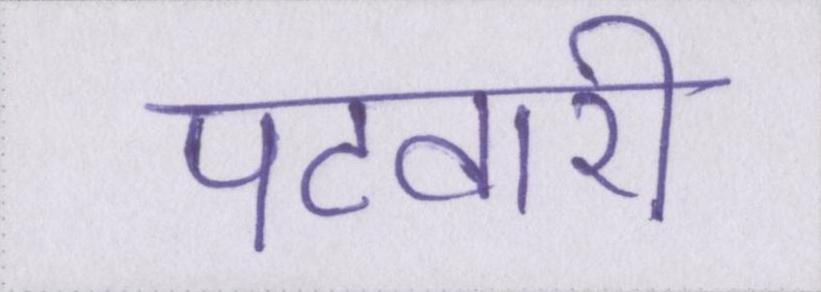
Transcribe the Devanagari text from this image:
पटवारी